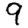
Digit: 9